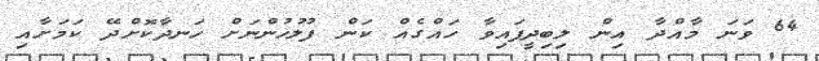
64 ވަނަ މާއްދާ އިން ލިބިދީފައިވާ ހައްގެއް ކަން ފުލުހުންނަށް ހަނދާކޮށްދޭ ކަމަށާއި